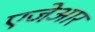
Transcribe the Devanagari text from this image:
एजेआर